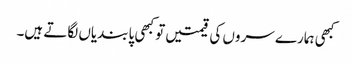
کبھی ہمارے سروں کی قیمتیں تو کبھی پابندیاں لگاتے ہیں۔